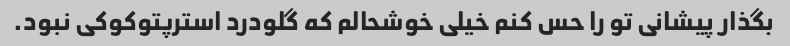
بگذار پیشانی تو را حس کنم خیلی خوشحالم که گلودرد استرپتوکوکی نبود.